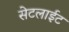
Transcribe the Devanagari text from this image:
सेटलाईट